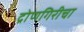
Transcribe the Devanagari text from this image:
द्रोणगिरीचा